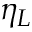
\eta _ { L }